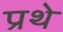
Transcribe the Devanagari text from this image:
प्रथे